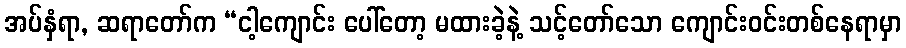
အပ်နှံရာ, ဆရာတော်က “ငါ့ကျောင်း ပေါ်တော့ မထားခဲ့နဲ့ သင့်တော်သော ကျောင်းဝင်းတစ်နေရာမှာ